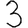
Digit: 3